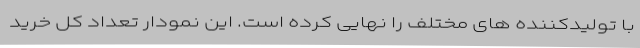
با تولیدکننده های مختلف را نهایی کرده است. این نمودار تعداد کل خرید